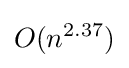
O(n^{2.37})